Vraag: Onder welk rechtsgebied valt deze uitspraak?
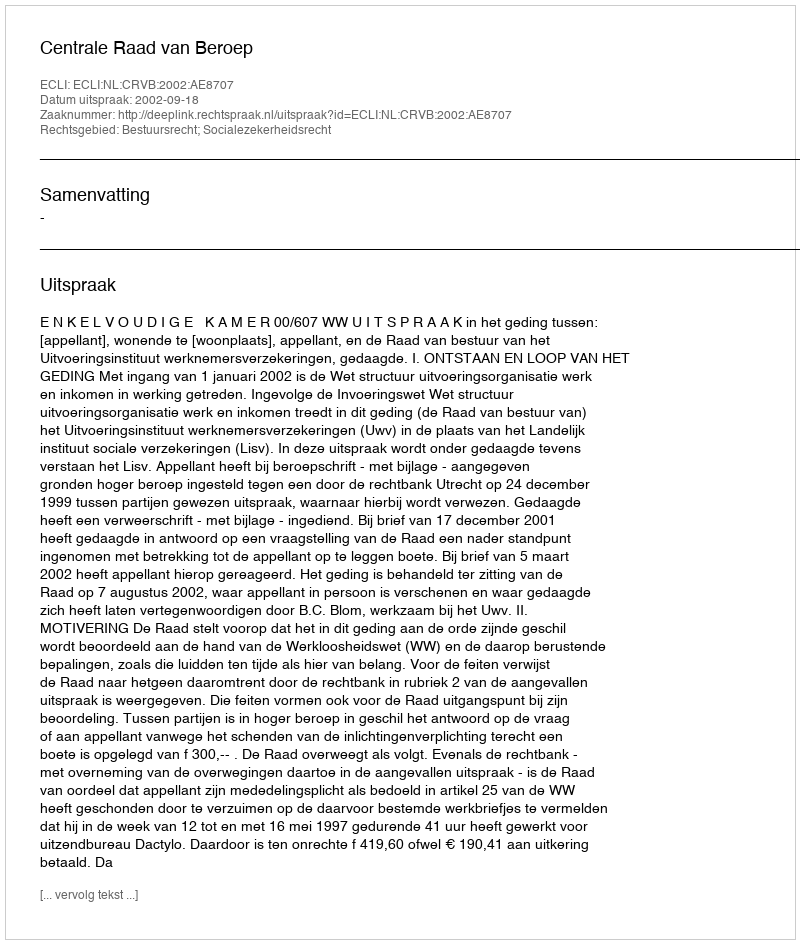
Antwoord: Bestuursrecht; Socialezekerheidsrecht